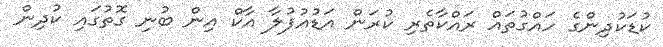
ކުޑަކުދިންގެ ހައްގުތައް ރައްކާތެރި ކުރަން އަޑުއުފުލާ އާކް އިން ބުނި ގޮތުގައި ކުދިން